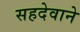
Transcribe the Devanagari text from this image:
सहदेवाने